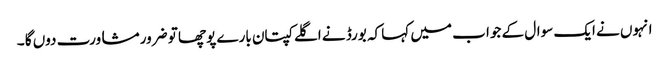
انہوں نے ایک سوال کے جوا ب میں کہا کہ بورڈ نے اگلے کپتان بارے پوچھا تو ضرور مشاورت دوں گا ۔